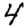
Digit: 4